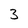
Character: 3